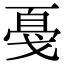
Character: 戞